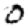
Digit: 0